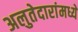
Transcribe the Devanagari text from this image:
अलुतेदारांमध्ये